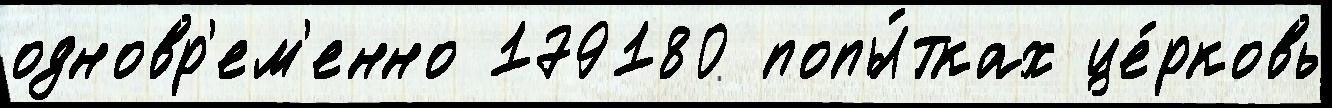
одновр'ем'енно 179180 попы́тках це́рковь